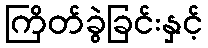
ကြိတ်ခွဲခြင်းနှင့်